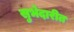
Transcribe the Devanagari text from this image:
सुभेदारीत